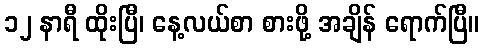
၁၂ နာရီ ထိုးပြီ၊ နေ့လယ်စာ စားဖို့ အချိန် ရောက်ပြီ။